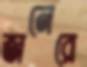
জনেরে